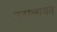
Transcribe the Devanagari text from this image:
तटालागत